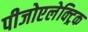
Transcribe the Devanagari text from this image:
पीजोएलेक्ट्रिक